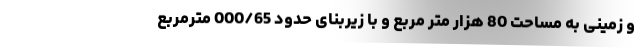
و زمینی به مساحت 80 هزار متر مربع و با زیربنای حدود 000/65 مترمربع